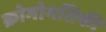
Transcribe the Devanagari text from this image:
क्रोमोगतिकी